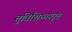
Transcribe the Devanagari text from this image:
तुविशिष्मस्तृप्त्